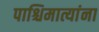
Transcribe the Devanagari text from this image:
पाश्चिमात्यांना